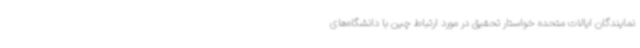
نمایندگان ایالات متحده خواستار تحقیق در مورد ارتباط چین با دانشگاه‌های